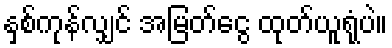
နှစ်ကုန်လျှင် အမြတ်ငွေ ထုတ်ယူရုံပဲ။